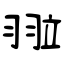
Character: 翋